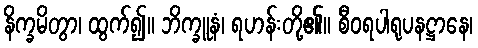
နိက္ခမိတွာ၊ ထွက်၍။ ဘိက္ခူနံ၊ ရဟန်းတို့၏။ စီဝရပါရုပနဋ္ဌာနေ၊